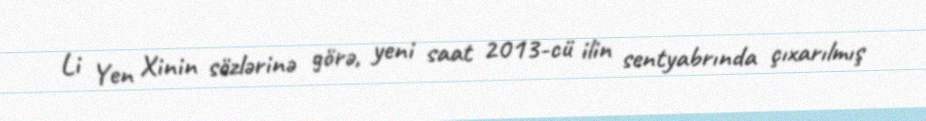
Li Yen Xinin sözlərinə görə, yeni saat 2013-cü ilin sentyabrında çıxarılmış